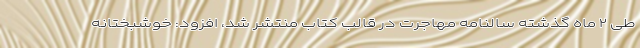
طی ۲ ماه گذشته سالنامه مهاجرت در قالب کتاب منتشر شد، افزود: خوشبختانه